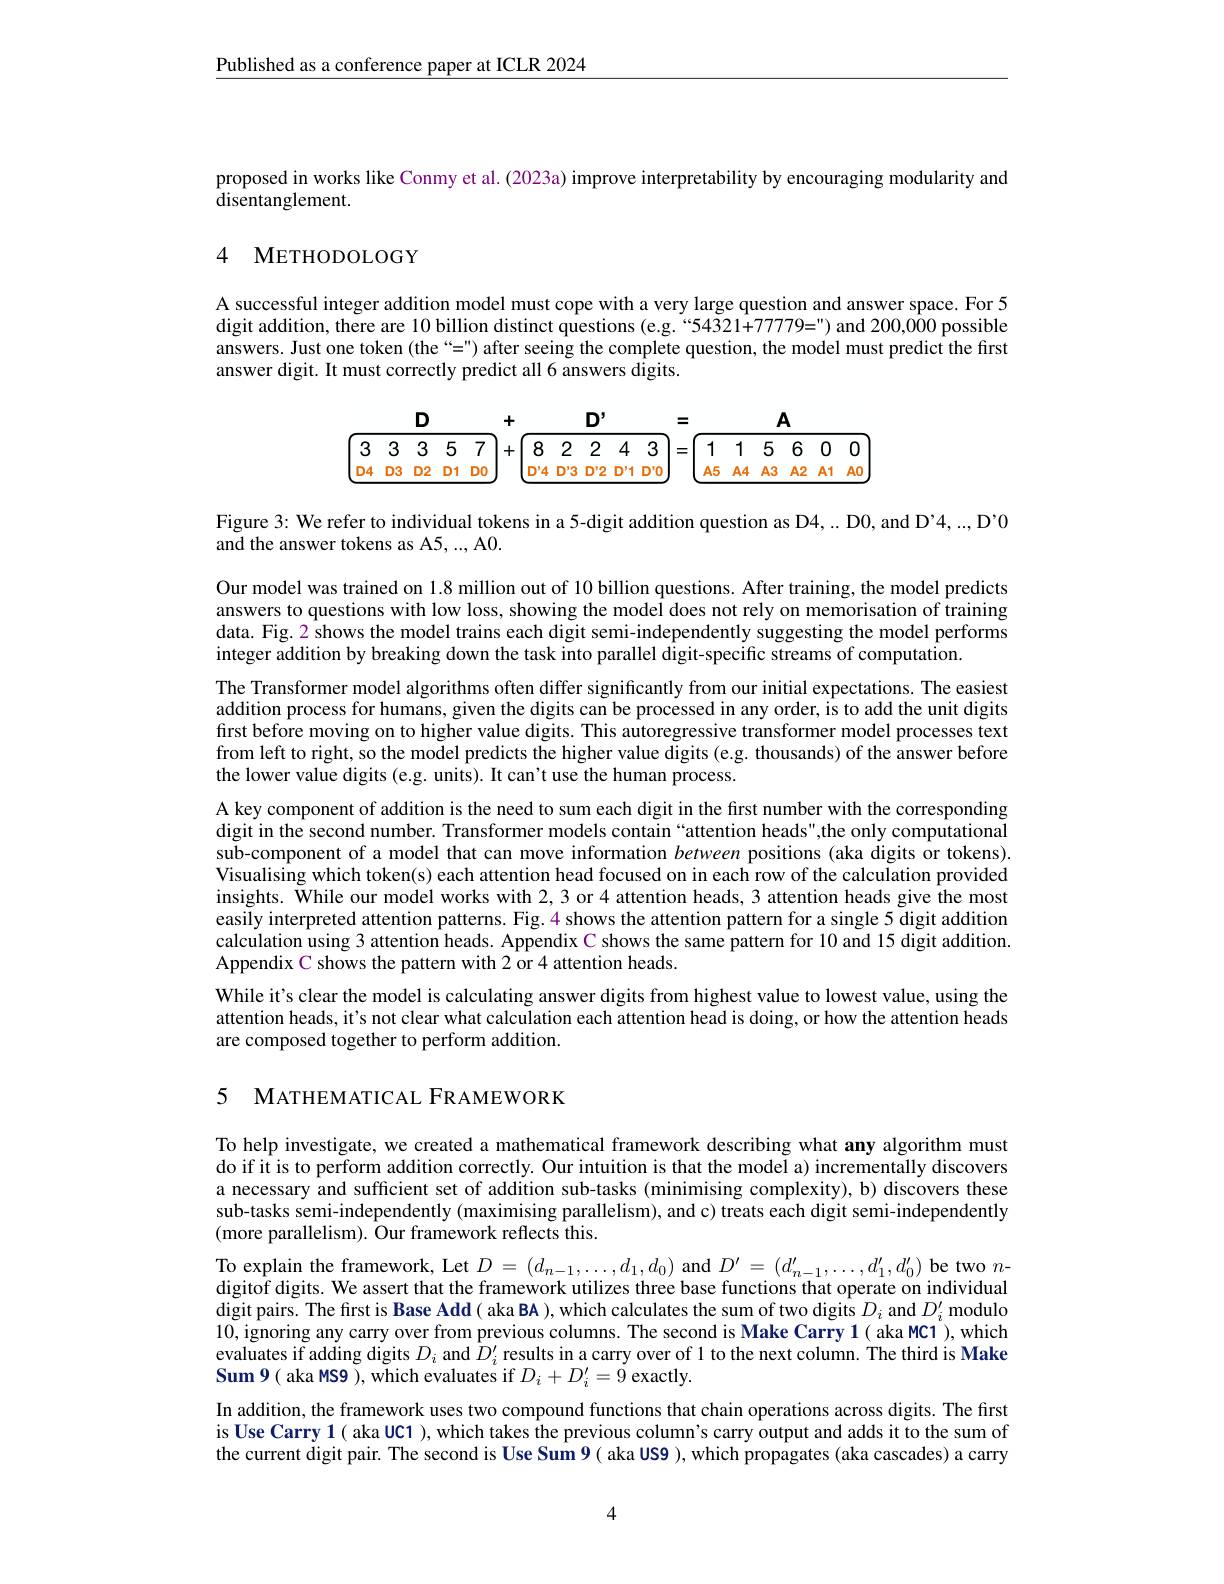
Published as a conference paper at ICLR 2024

proposed in works like Conmy et al. (2023a) improve interpretability by encouraging modularity and
${\tilde{\text{disentanglement}}}.$

# 4 METHODOLOGY

A successful integer addition model must cope with a very large question and answer space. For 5 digit addition, there are 10 billion distinct questions (e.g.“54321+77779=") and 200,000 possible answers. Just one token (the“=") after seeing the complete question, the model must predict the first answer digit. It must correctly predict all 6 answers digits.

<table>
	<tbody>
		<tr>
			<th colspan="3">$D$</th>
			<th> </th>
			<th>+</th>
			<th> </th>
			<th>D $y$</th>
			<th> </th>
			<th colspan="6">= $A$</th>
		</tr>
		<tr>
			<th>3</th>
			<th>3</th>
			<th>3</th>
			<th>5 7</th>
			<th>8 +</th>
			<th>8 2</th>
			<th>2</th>
			<th>4 3</th>
			<th>1 =</th>
			<th>1</th>
			<th>5</th>
			<th>6</th>
			<th>0</th>
			<th>0</th>
		</tr>
		<tr>
			<td>14 D T</td>
			<td>D3</td>
			<td>12 D</td>
			<td>DO D1</td>
			<td>D'L</td>
			<td>$D'4D':$</td>
			<td>$D'2$</td>
			<td>D'1 D'O </td>
			<td>$A5$</td>
			<td>$A4$</td>
			<td>$A3$</td>
			<td>$A2$</td>
			<td>$A1$</td>
			<td>$AC$</td>
		</tr>
	</tbody>
</table>

Figure 3: We refer to individual tokens in a 5-digit addition question as D4,.. D0, and D'4,..., D'0
and the answer tokens as A5, ..., A0.

Our model was trained on 1.8 million out of 10 billion questions. After training, the model predicts answers to questions with low loss, showing the model does not rely on memorisation of training data. Fig. 2 shows the model trains each digit semi-independently suggesting the model performs integer addition by breaking down the task into parallel digit-specific streams of computation.
The Transformer model algorithms often differ significantly from our initial expectations. The easiest addition process for humans, given the digits can be processed in any order, is to add the unit digits first before moving on to higher value digits. This autoregressive transformer model processes text from left to right, so the model predicts the higher value digits (e.g. thousands) of the answer before the lower value digits (e.g. units). It can't use the human process.
A key component of addition is the need to sum each digit in the first number with the corresponding digit in the second number. Transformer models contain“attention heads",the only computational sub-component of a model that can move information between positions (aka digits or tokens). Visualising which token(s) each attention head focused on in each row of the calculation provided insights. While our model works with 2, 3 or 4 attention heads, 3 attention heads give the most easily interpreted attention patterns. Fig. $\color{red}{4}$ shows the attention pattern for a single 5 digit addition calculation using 3 attention heads. Appendix C shows the same pattern for 10 and 15 digit addition. Appendix C shows the pattern with 2 or 4 attention heads.
While it's clear the model is calculating answer digits from highest value to lowest value, using the attention heads, it's not clear what calculation each attention head is doing, or how the attention heads are composed together to perform addition.

5 MATHEMATICAL FRAMEWORK

To help investigate, we created a mathematical framework describing what any algorithm must do if it is to perform addition correctly. Our intuition is that the model a) incrementally discovers a necessary and sufficient set of addition sub-tasks (minimising complexity), b) discovers these sub-tasks semi-independently (maximising parallelism), and c) treats each digit semi-independently (more parallelism). Our framework reflects this.
To explain the framework, Let $D=(d_{n-1},\ldots,d_{1},d_{0})$ and $D^\prime=(d_{n-1}^{\prime},\ldots,d_{1}^{\prime},d_{0}^{\prime})$ be two $n$- digitof digits. We assert that the framework utilizes three base functions that operate on individual digit pairs. The fırst is Base Add( aka BA ), which calculates the sum of two digits $D_i$ and $D_i^{\prime}$ modulo 10, ignoring any carry over from previous columns. The second is Make Carry 1( aka MC1 ), which evaluates if adding digits $D_i$ and $\bar{D}_i^{\prime}$ results in a carry over of l to the next column. The third is Make Sum 9( aka MS9 ), which evaluates if $D_i+D_i^{\prime}=9$ exactly.
In addition, the framework uses two compound functions that chain operations across digits. The first is Use Carry 1( aka UC1 ), which takes the previous column's carry output and adds it to the sum of the current digit pair. The second is Use Sum 9( aka US9 ), which propagates (aka cascades) a carry

4